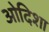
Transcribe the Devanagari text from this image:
ओदिशा